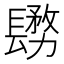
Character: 𨲬